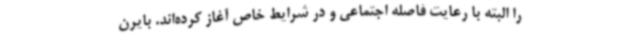
را البته با رعایت فاصله اجتماعی و در شرایط خاص آغاز کرده‌اند. بایرن